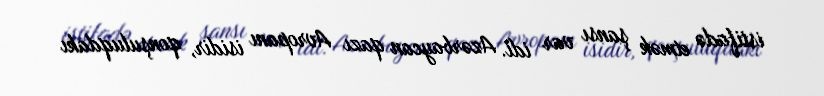
istifadə etmək şansı var idi. Azərbaycan qazı Avropanı isidir, qonşuluqdakı